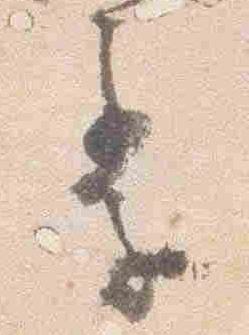
季